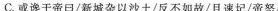
C.或谗于帝日/新城杂以沙土/反不如故/且速圮/帝怒/